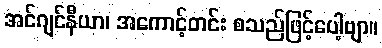
အင်ဂျင်နီယာ၊ အကောင့်တင်း စသည်ဖြင့်ပေါ့ဗျာ။